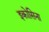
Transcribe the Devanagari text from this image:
इकोसिना